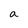
Character: a